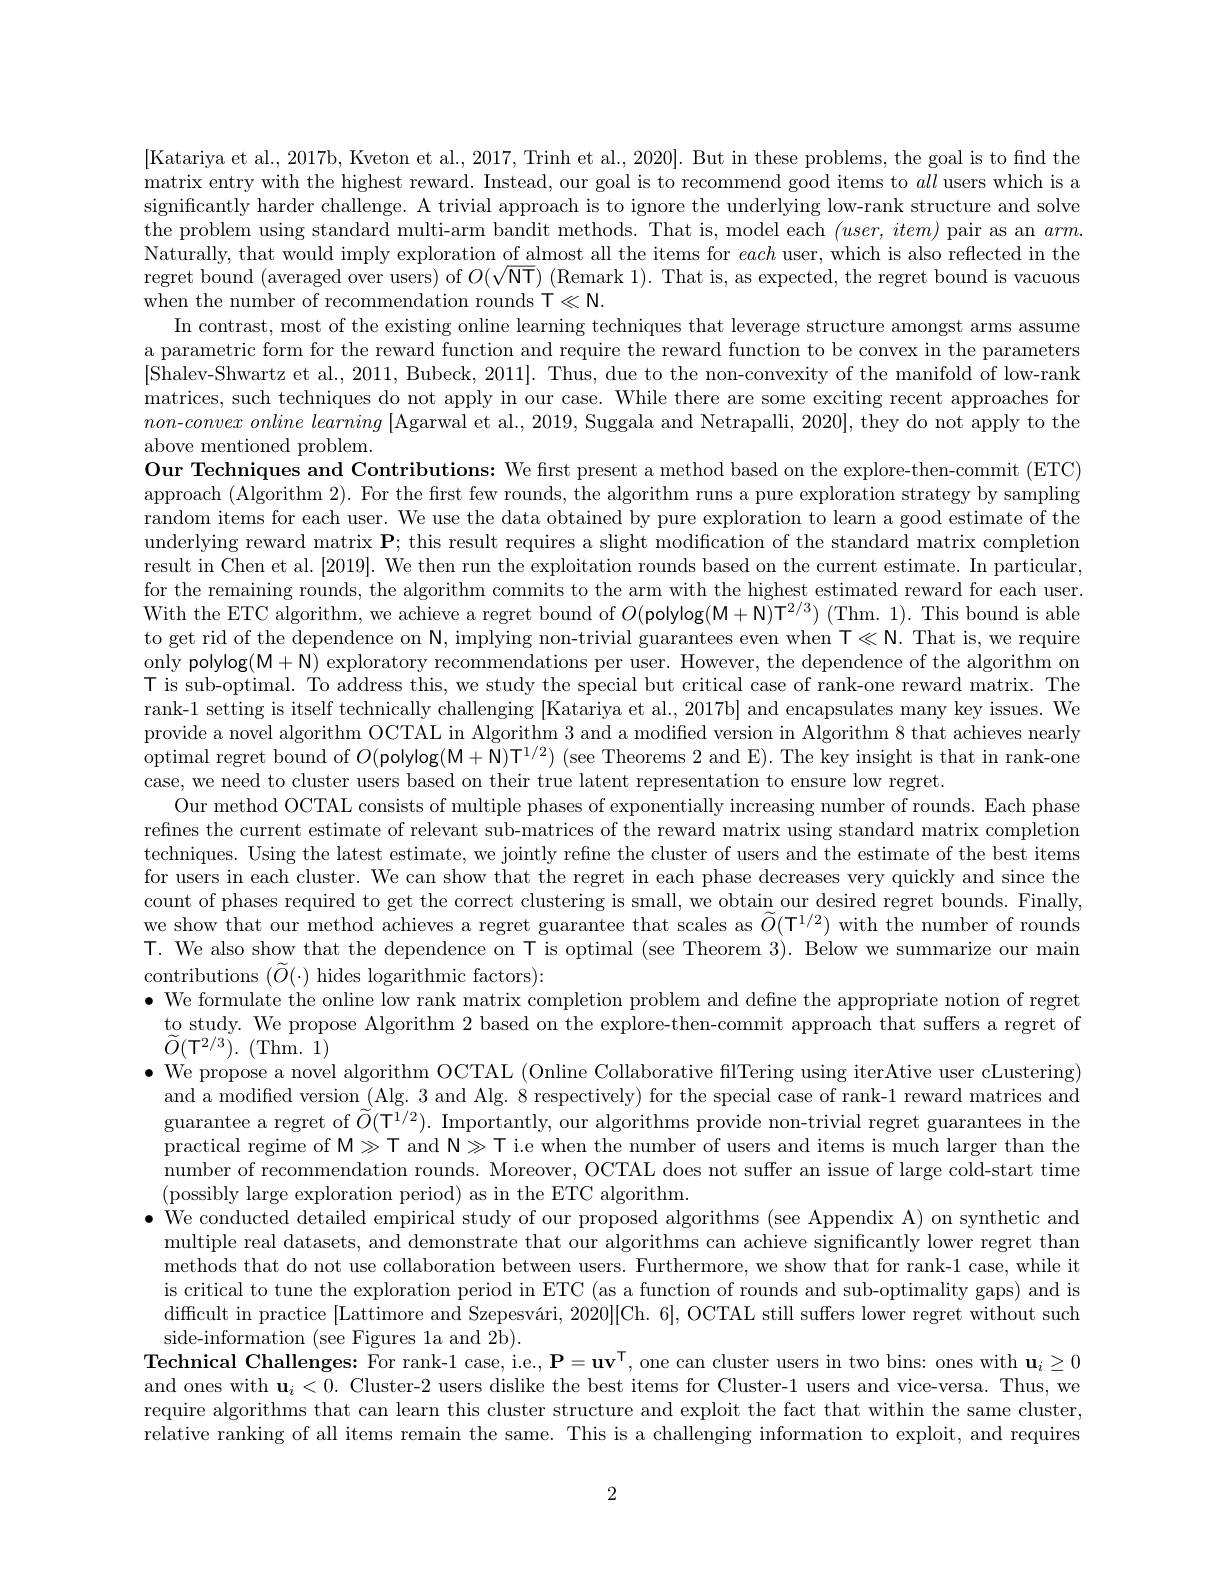
[Katariya et al., 2017b, Kveton et al., 2017, Trinh et al., 2020]. But in these problems, the goal is to find the matrix entry with the highest reward. Instead, our goal is to recommend good items to all users which is a significantly harder challenge. A trivial approach is to ignore the underlying low-rank structure and solve the problem using standard multi-arm bandit methods. That is, model each $(user,item)$ pair as an $arm.$ Naturally, that would imply exploration of almost all the items for each user, which is also reflected in the regret bound (averaged over users) of $O(\sqrt{\mathsf{NT}})$ (Remark 1). That is, as expected, the regret bound is vacuous when the number of recommendation rounds T$\ll\mathbb{N}.$
In contrast, most of the existing online learning techniques that leverage structure amongst arms assume a parametric form for the reward function and require the reward function to be convex in the parameters [Shalev-Shwartz et al., 2011, Bubeck, 2011]. Thus, due to the non-convexity of the manifold of low-rank matrices, such techniques do not apply in our case. While there are some exciting recent approaches for $non- convex\textit{ online learning [ Agarwal et al. , 2019, Suggala and Netrapalli, 2020] , they do not apply to the}$ above mentioned problem.
Our Techniques and Contributions: We first present a method based on the explore-then-commit (ETC) approach (Algorithm 2). For the first few rounds, the algorithm runs a pure exploration strategy by sampling random items for each user. We use the data obtained by pure exploration to learn a good estimate of the underlying reward matrix $\mathbf{P};$ this result requires a slight modification of the standard matrix completion result in Chen et al.[2019]. We then run the exploitation rounds based on the current estimate. In particular, for the remaining rounds, the algorithm commits to the arm with the highest estimated reward for each user. With the ETC algorithm, we achieve a regret bound of $O($polylog(M+N)T$^2/3)$ (Thm. 1). This bound is able to get rid of the dependence on N, implying non-trivial guarantees even when T《N. That is, we require only polylog(M+N) exploratory recommendations per user. However, the dependence of the algorithm on T is sub-optimal. To address this, we study the special but critical case of rank-one reward matrix. The rank-1 setting is itself technically challenging [Katariya et al., 2017b] and encapsulates many key issues. We provide a novel algorithm OCTAL in Algorithm 3 and a modified version in Algorithm 8 that achieves nearly $\bar{\text{optimal regret bound of }O}(\bar{\text{polylog}}(\bar{\mathcal{M}}+\bar{\mathcal{N}})\bar{\mathcal{T}}^{1/2})$ (see Theorems 2 and E). The key insight is that in rank-one case, we need to cluster users based on their true latent representation to ensure low regret.
Our method OCTAL consists of multiple phases of exponentially increasing number of rounds. Each phase refines the current estimate of relevant sub-matrices of the reward matrix using standard matrix completion techniques. Using the latest estimate, we jointly refne the cluster of users and the estimate of the best items for users in each cluster. We can show that the regret in each phase decreases very quickly and since the count of phases required to get the correct clustering is small, we obtain our desired regret bounds. Finally, we show that our method achieves a regret guarantee that scales as $\widetilde{O}(\mathsf{T}^{1/2})$ with the number of rounds T. We also show that the dependence on T is optimal (see Theorem 3). Below we summarize our main contributions $( \widetilde{O} ( \cdot )$ hides logarithmic factors):
$\bullet$ We formulate the online low rank matrix completion problem and define the appropriate notion of regret
to study. We propose Algorithm 2 based on the explore-then-commit approach that suffers a regret of
$\widetilde{O}(\mathsf{T}^{2/3}).~(\mathsf{Thm.~}^{\bullet}1)$
$\bullet$ We propose a novel algorithm OCTAL (Online Collaborative filTering using iterAtive user cLustering)
and a modified version (Alg. 3 and Alg. 8 respectively) for the special case of rank-1 reward matrices and guarantee a regret of $\widetilde{O}(\mathbb{T}^{1/2}).$ Importantly, our algorithms provide non-trivial regret guarantees in the practical regime of M > T and N > T i.e when the number of users and items is much larger than the number of recommendation rounds. Moreover, OCTAL does not suffer an issue of large cold-start time (possibly large exploration period) as in the ETC algorithm.
$\bullet$ We conducted detailed empirical study of our proposed algorithms (see Appendix A) on synthetic and
multiple real datasets, and demonstrate that our algorithms can achieve significantly lower regret than methods that do not use collaboration between users. Furthermore, we show that for rank-1 case, while it is critical to tune the exploration period in ETC (as a function of rounds and sub-optimality gaps) and is difficult in practice [Lattimore and Szepesvári, 2020][Ch. 6], OCTAL still suffers lower regret without such side-information (see Figures la and 2b).
Technical Challenges: For rank-1 case, i.e., $\mathbf{P}=\mathbf{u}\mathbf{v}^{\mathsf{T}}$, one can cluster users in two bins: ones with $\mathbf{u}_i\geq0$ and ones with $\mathbf{u}_i<0.$ Cluster-2 users dislike the best items for Cluster-1 users and vice-versa. Thus, we require algorithms that can learn this cluster structure and exploit the fact that within the same cluster, relative ranking of all items remain the same. This is a challenging information to exploit, and requires

2